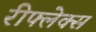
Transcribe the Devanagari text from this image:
रीफ्लेक्स